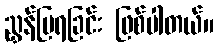
ညွှန်ပြရခြင်း ဖြစ်ပါတယ်။